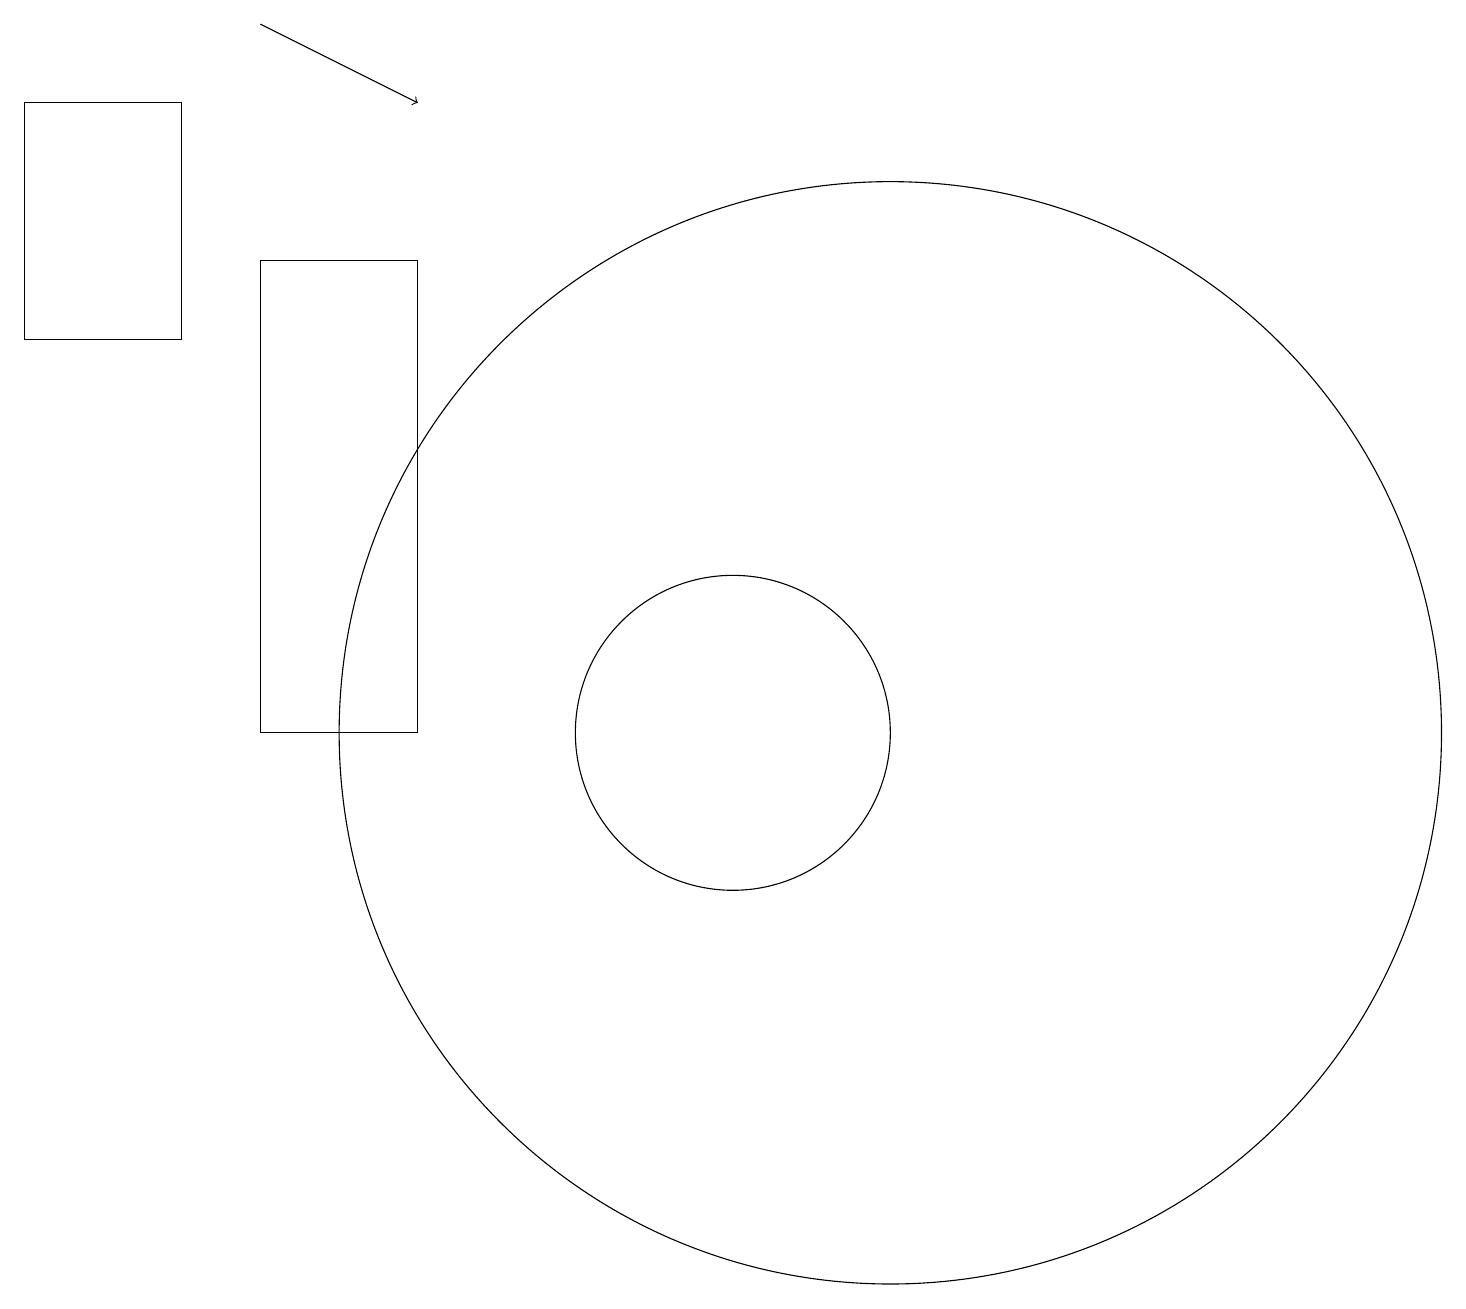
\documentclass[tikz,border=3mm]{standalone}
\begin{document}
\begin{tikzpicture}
\draw (12,10) circle (7);
\draw (6,10) rectangle (4,16);
\draw (1,18) rectangle (3,15);
\draw (10,10) circle (2);
\draw[->] (4,19) -- (6,18);
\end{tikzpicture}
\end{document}